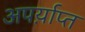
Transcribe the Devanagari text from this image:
अपर्य़ाप्त